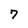
Character: 7